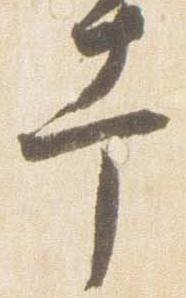
幸